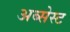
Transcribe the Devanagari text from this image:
अब्सेस्ट